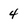
Character: 4